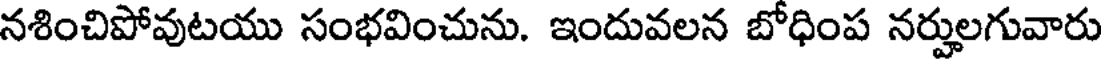
నశించిపోవుటయు సంభవించును. ఇందువలన బోధింప నర్హులగువారు